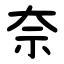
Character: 奈